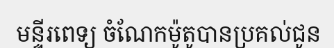
មន្ទីរពេទ្យ ចំណែកម៉ូតូបានប្រគល់ជូន